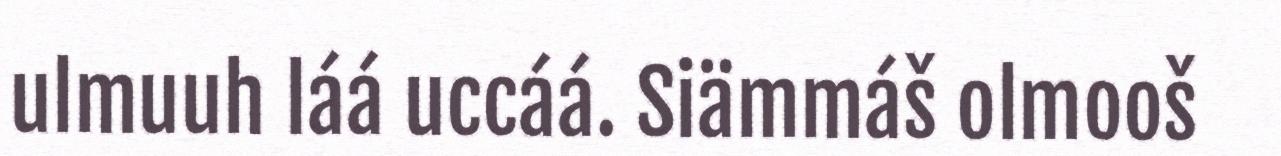
ulmuuh láá uccáá. Siämmáš olmooš